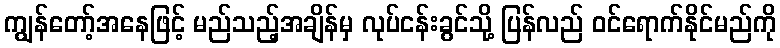
ကျွန်တော့်အနေဖြင့် မည်သည့်အချိန်မှ လုပ်ငန်းခွင်သို့ ပြန်လည် ဝင်ရောက်နိုင်မည်ကို